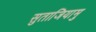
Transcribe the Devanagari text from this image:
सुताजियामु